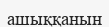
ашыққанын